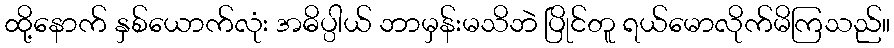
ထို့နောက် နှစ်ယောက်လုံး အဓိပ္ပါယ် ဘာမှန်းမသိဘဲ ပြိုင်တူ ရယ်မောလိုက်မိကြသည်။